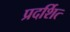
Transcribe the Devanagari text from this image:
प्रदर्शित्‍